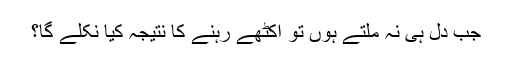
جب دل ہی نہ ملتے ہوں تو اکٹھے رہنے کا نتیجہ کیا نکلے گا؟